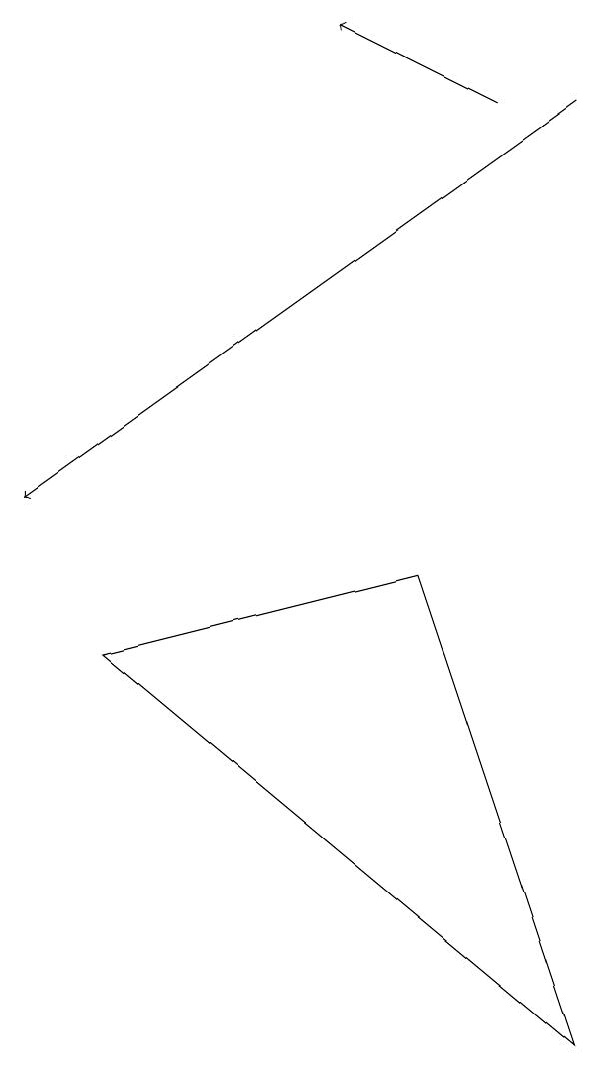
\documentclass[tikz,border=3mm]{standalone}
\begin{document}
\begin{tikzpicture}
\draw[->] (9,15) -- (2,10);
\draw[->] (8,15) -- (6,16);
\draw (9,3) -- (3,8) -- (7,9) -- cycle;
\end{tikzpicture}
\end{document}